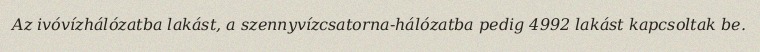
Az ivóvízhálózatba lakást, a szennyvízcsatorna-hálózatba pedig 4992 lakást kapcsoltak be.